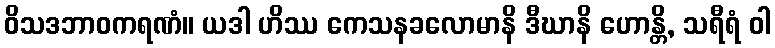
ဝိသဒဘာဝကရဏံ။ ယဒါ ဟိဿ ကေသနခလောမာနိ ဒီဃာနိ ဟောန္တိ, သရီရံ ဝါ